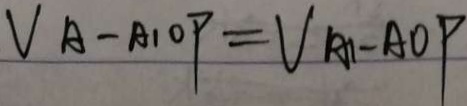
V A - A _ { 1 0 } P = V _ { A _ { 1 } } - A O P